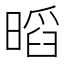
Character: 𭧏